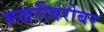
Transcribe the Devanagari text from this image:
बखरीबरोबर